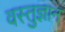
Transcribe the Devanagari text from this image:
वस्तुज्ञान